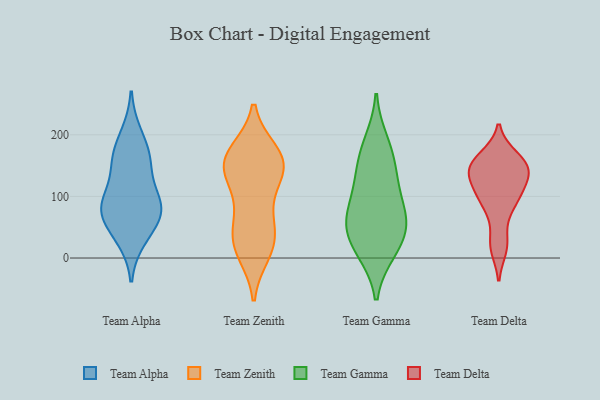
{"axis": {"x": "Population (Million)", "y": "Value"}, "legend": ["Team Alpha", "Team Delta", "Team Gamma", "Team Zenith"], "data": [{"x": "", "y": 92, "type": "Team Alpha"}, {"x": "", "y": 47, "type": "Team Alpha"}, {"x": "", "y": 148, "type": "Team Alpha"}, {"x": "", "y": 89, "type": "Team Alpha"}, {"x": "", "y": 77, "type": "Team Alpha"}, {"x": "", "y": 84, "type": "Team Alpha"}, {"x": "", "y": 164, "type": "Team Alpha"}, {"x": "", "y": 32, "type": "Team Alpha"}, {"x": "", "y": 161, "type": "Team Alpha"}, {"x": "", "y": 77, "type": "Team Alpha"}, {"x": "", "y": 200, "type": "Team Alpha"}, {"x": "", "y": 138, "type": "Team Zenith"}, {"x": "", "y": 63, "type": "Team Zenith"}, {"x": "", "y": 145, "type": "Team Zenith"}, {"x": "", "y": 157, "type": "Team Zenith"}, {"x": "", "y": 170, "type": "Team Zenith"}, {"x": "", "y": 34, "type": "Team Zenith"}, {"x": "", "y": 10, "type": "Team Zenith"}, {"x": "", "y": 161, "type": "Team Zenith"}, {"x": "", "y": 143, "type": "Team Zenith"}, {"x": "", "y": 160, "type": "Team Zenith"}, {"x": "", "y": 25, "type": "Team Zenith"}, {"x": "", "y": 23, "type": "Team Zenith"}, {"x": "", "y": 88, "type": "Team Zenith"}, {"x": "", "y": 32, "type": "Team Gamma"}, {"x": "", "y": 59, "type": "Team Gamma"}, {"x": "", "y": 124, "type": "Team Gamma"}, {"x": "", "y": 189, "type": "Team Gamma"}, {"x": "", "y": 170, "type": "Team Gamma"}, {"x": "", "y": 68, "type": "Team Gamma"}, {"x": "", "y": 55, "type": "Team Gamma"}, {"x": "", "y": 144, "type": "Team Gamma"}, {"x": "", "y": 107, "type": "Team Gamma"}, {"x": "", "y": 10, "type": "Team Gamma"}, {"x": "", "y": 67, "type": "Team Gamma"}, {"x": "", "y": 11, "type": "Team Gamma"}, {"x": "", "y": 16, "type": "Team Delta"}, {"x": "", "y": 94, "type": "Team Delta"}, {"x": "", "y": 130, "type": "Team Delta"}, {"x": "", "y": 111, "type": "Team Delta"}, {"x": "", "y": 137, "type": "Team Delta"}, {"x": "", "y": 26, "type": "Team Delta"}, {"x": "", "y": 142, "type": "Team Delta"}, {"x": "", "y": 153, "type": "Team Delta"}, {"x": "", "y": 159, "type": "Team Delta"}, {"x": "", "y": 144, "type": "Team Delta"}, {"x": "", "y": 79, "type": "Team Delta"}, {"x": "", "y": 99, "type": "Team Delta"}, {"x": "", "y": 164, "type": "Team Delta"}]}